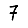
Digit: 7